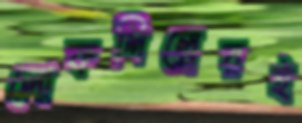
লোকশিল্পেরই